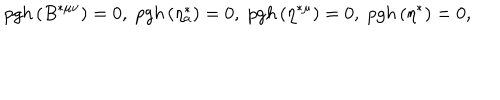
LaTeX: p g h \left( B ^ { * \mu \nu } \right) = 0 , \; p g h \left( \eta _ { a } ^ { * } \right) = 0 , \; p g h \left( \eta ^ { * \mu } \right) = 0 , \; p g h \left( \eta ^ { * } \right) = 0 ,